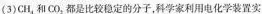
( 3 ) CH _ { 4 } 和 CO _ { 2 }都是比较稳定的分子，科学家利用电化学装置